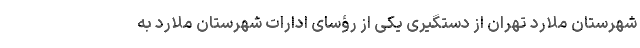
شهرستان ملارد تهران از دستگیری یکی از رؤسای ادارات شهرستان ملارد به